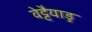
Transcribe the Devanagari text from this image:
वेट्टैयाडु